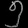
Digit: ၅